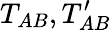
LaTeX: T_{AB},T_{AB}^{\prime}